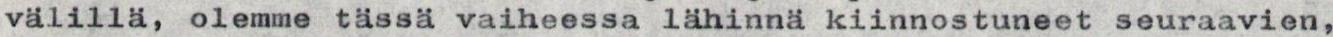
välillä, olemme tässä vaiheessa lähinnä kiinnostuneet seuraavien,